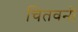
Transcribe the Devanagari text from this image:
चितवनी